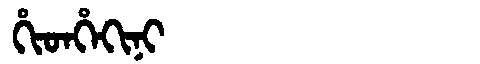
Manchu: ᡥᡳᡨᡥᡝᡴᡳᠨᡳ
Romanization: HITHEKINI